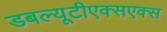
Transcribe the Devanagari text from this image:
डबल्यूटीएक्सएक्स